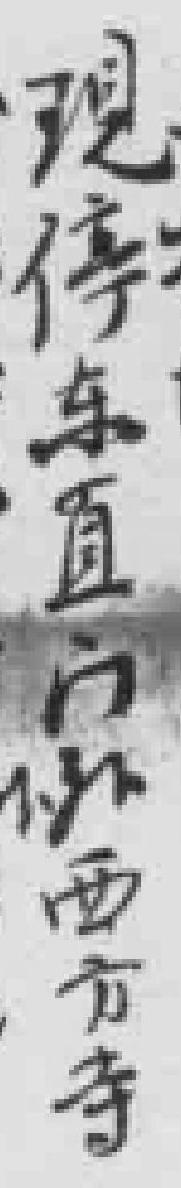
现停东直门外西方寺